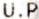
U.P